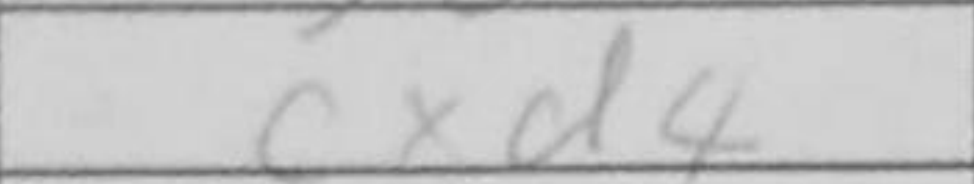
Transcription: cxd4